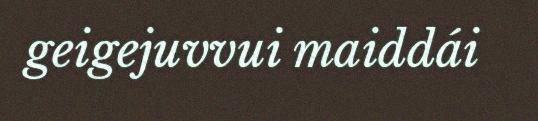
geigejuvvui maiddái